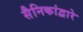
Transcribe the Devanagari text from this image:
सैनिकांद्वारे